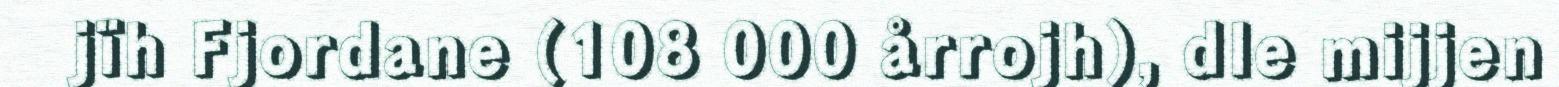
jïh Fjordane (108 000 årrojh), dle mijjen